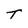
Character: T